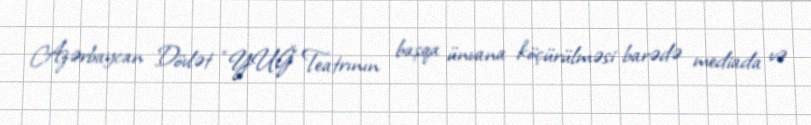
Azərbaycan Dövlət “YUĞ” Teatrının başqa ünvana köçürülməsi barədə mediada və